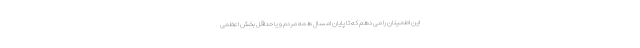
این اطمینان را می دهم که تا پایان امسال همه مردم و یا حداقل بخش اعظمی